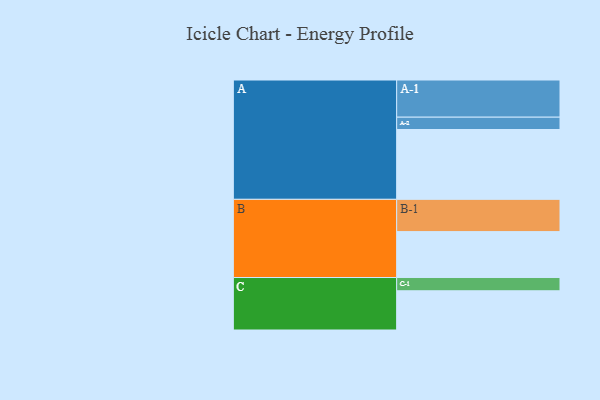
{"axis": {"x": "Segment", "y": "Value"}, "legend": ["", "A", "B", "C"], "data": [{"x": "A", "y": 543, "type": ""}, {"x": "B", "y": 357, "type": ""}, {"x": "C", "y": 305, "type": ""}, {"x": "A-1", "y": 289, "type": "A"}, {"x": "A-2", "y": 96, "type": "A"}, {"x": "B-1", "y": 251, "type": "B"}, {"x": "C-1", "y": 103, "type": "C"}]}